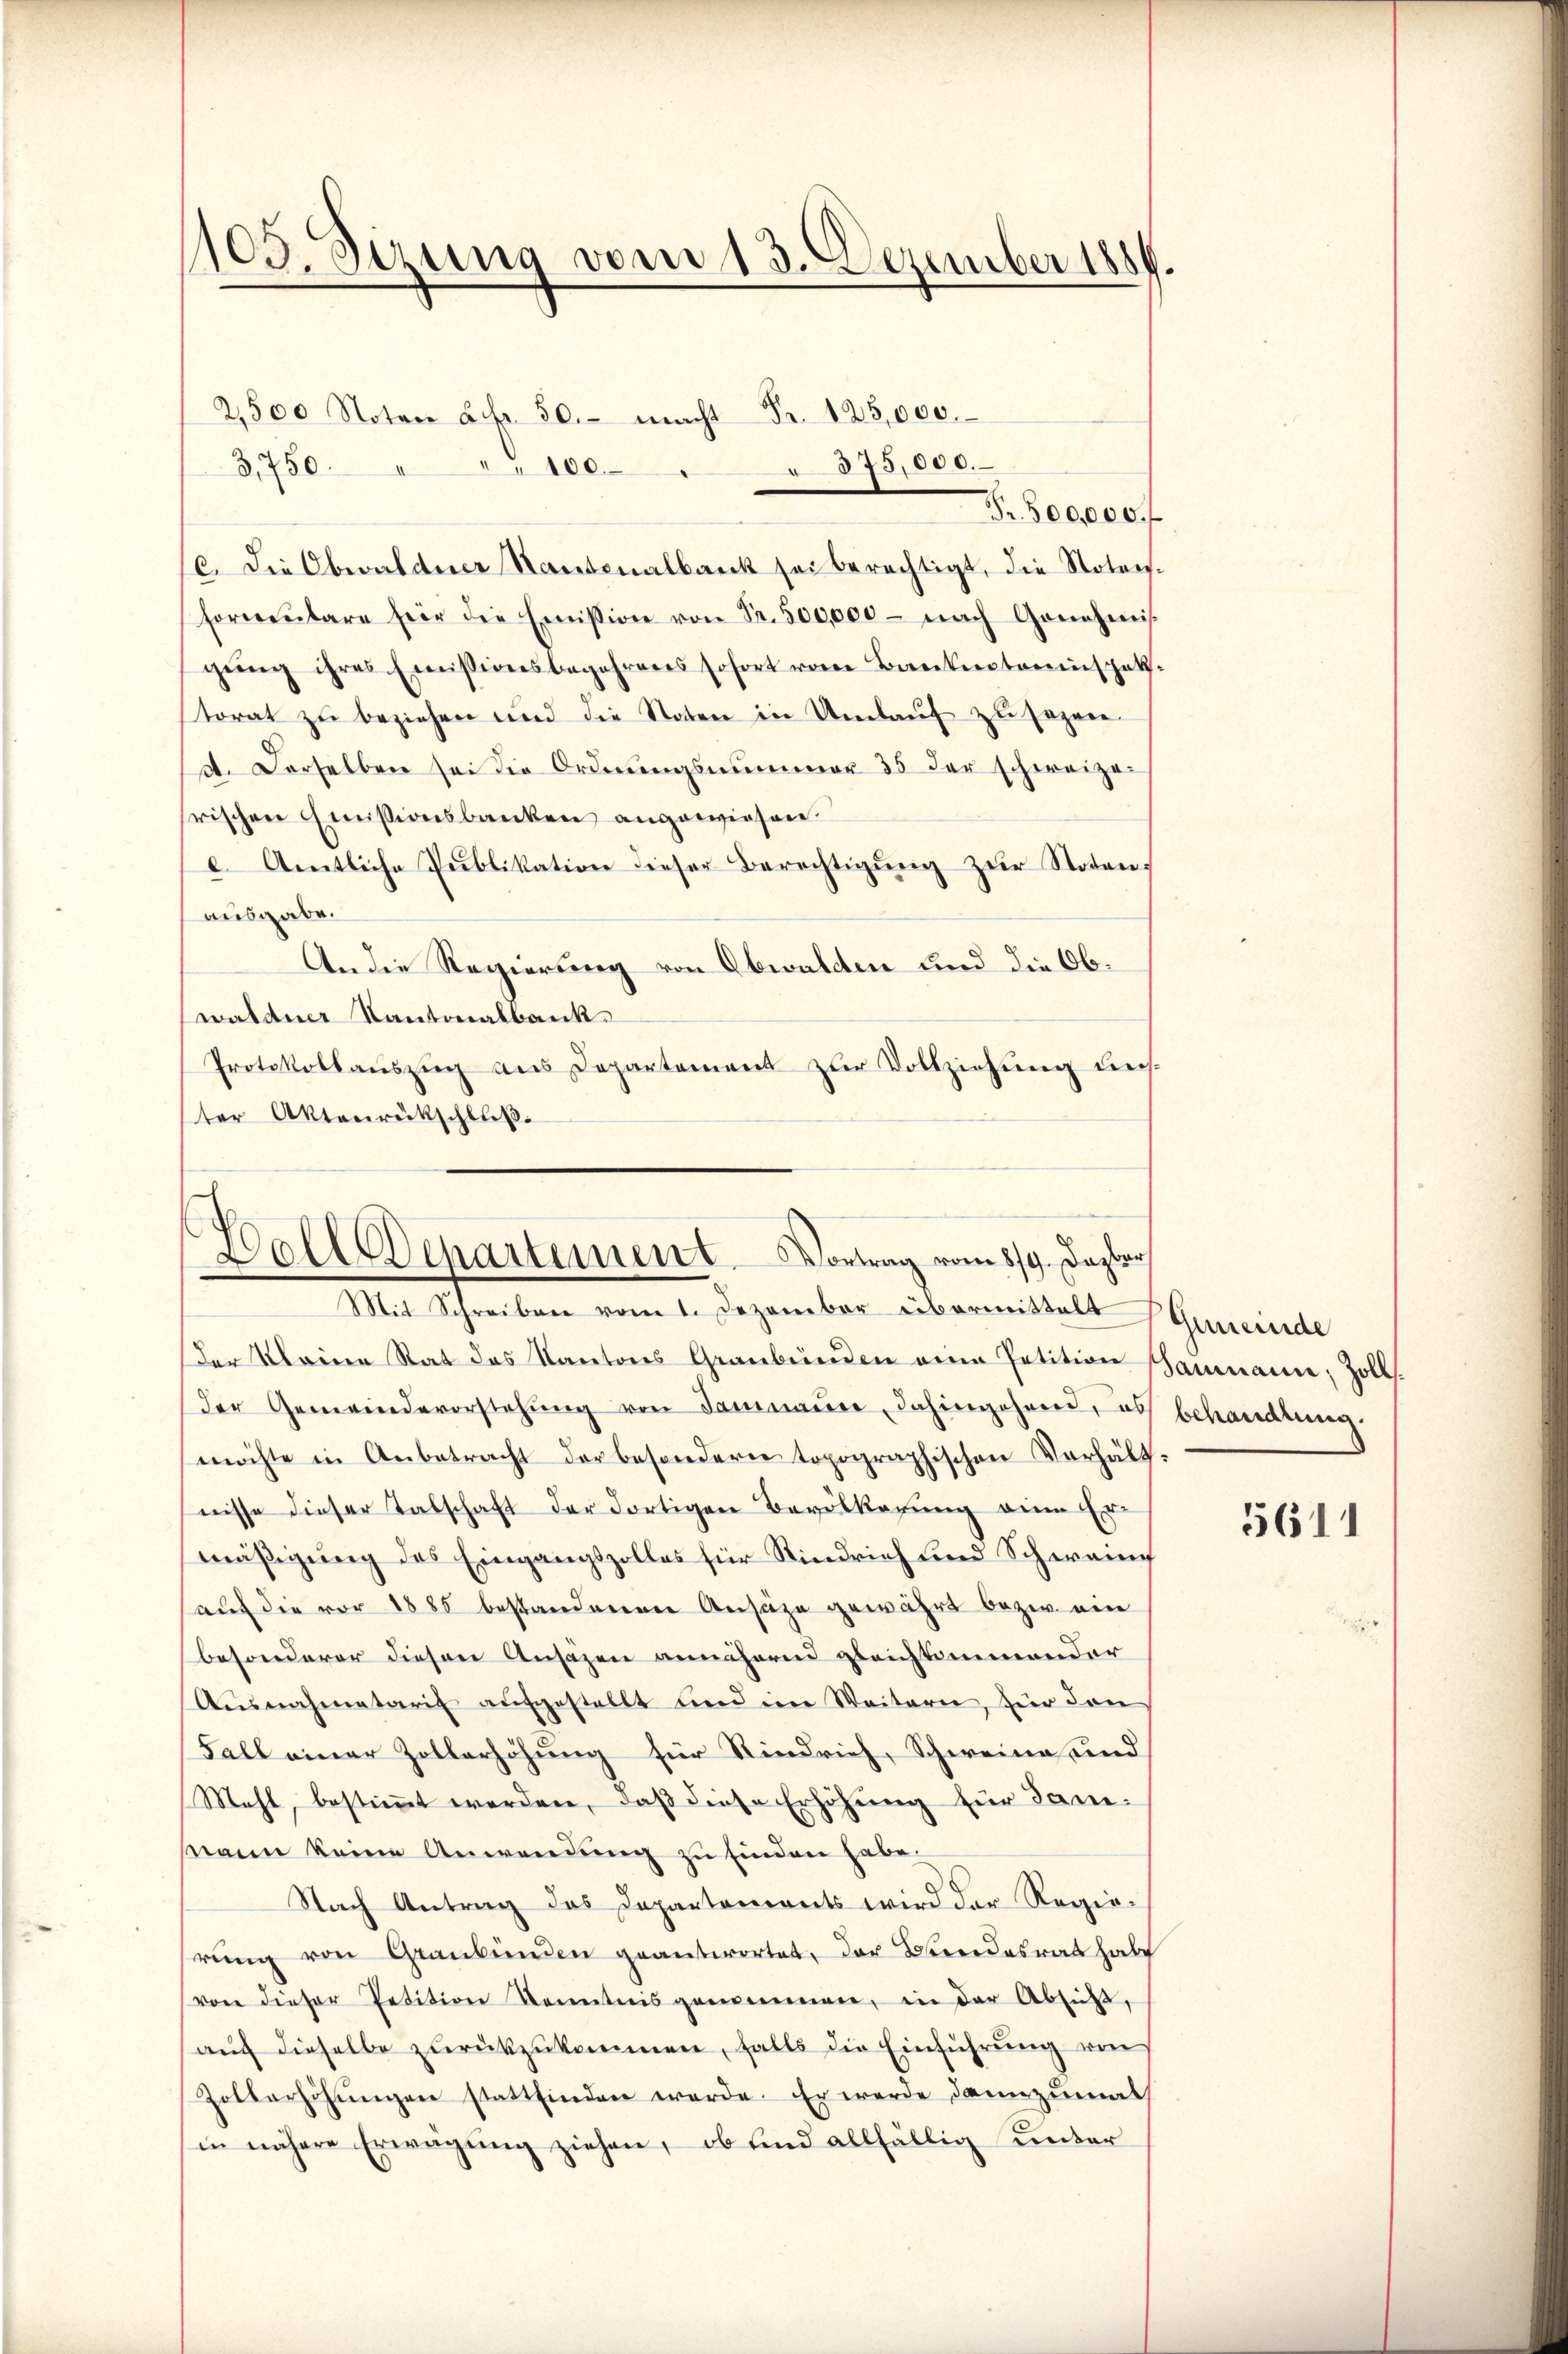
1105. Setzung vom 13. Dezember 1889.

3,750. " " " 100
(c. Die Obwaldner Kantonalbank sei berechtigt, die Notarsfornenbare für die Emission von Fr. 500,000 - nach Genehmis
gŭng ihres Emissionsbegehrens sofort vom Bankrectoreinspektorat zu beziehen und die Noten in Umlauf zu sagen
A. Derselben sei die Ordnungsnummer 35 der schweize-
rischen Emissionsbanken angewiesen.
e. Amtliche Publikation dieser Berechtigŭng zŭr Noten,
ausgabe.
An die Regierung von Obwalden und die Obwaldner Kantonalbank.
Protokollaŭszŭg ans Departement zŭr Vollziehung des
ter Aktenrückschluß.

2,500 Noten Fr. 50. macht Fr. 125,000.
Fr. 500,000.

875,000.

Dolldepartement. Vortrag vom 819. Dezbr
Mit Schreiben vom 1. Dezember übermittelt Gemeinde

Der Kleine Rat des Kantons Graubünden eine Petition Gaumann; Zollder Gemeindevorstehung von Sammann, dahingehen, das behandlung
möchte in Anbetracht der besondern topographischen Verhält-
nisse dieser Talschaft der dortigen Bevölkerung eine Ermäßigung des Eingangszolles für Rindrich und Schweing
auf die vor 1885 bestandenen Ansäze gewährt bezw. ein
besonderer diesen Ansäzen annähernd gleichtimmender
Ausnahmetaris aŭfgestellt und im Weitern, für den
Fall einer Zollerhöhung für Rindvieh, Schweine und
Mehl, bestimmt werden, daß diese Erhöhung für Sani¬
Mann keine Anwendung zu finden habe.
Nach Antrag des Departements wird der Regierŭng von Graubünden geantwortet, der Bundesrat habe
von dieser Petition Kenntnis genommen, in der Absicht,
aŭf dieselbe zŭrückzŭkommen, falls die Einführŭng von
Zollerhöhŭngen stattfinden werde. Er werde dannzumal
in nähere Erwägung ziehen, ob und allfällig unter

3611